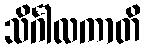
သိင်္ဂါလကာတိ